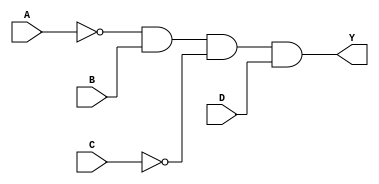
module PrimeImplicantCLB (
    input wire A,
    input wire B,
    input wire C,
    input wire D,
    output wire Y
);

// Define the minterms for the logic function
parameter MINTERMS = 4'b1010; // Example: minterms for output '1' (2, 10)

// Generate prime implicants (simplified for this example)
wire p1 = A & ~B & C; // Example prime implicant
wire p2 = ~A & B & ~C & D; // Another prime implicant
wire p3 = A & B; // Another prime implicant

// Select essential prime implicants
assign Y = (MINTERMS[0] & p1) | (MINTERMS[1] & p2) | (MINTERMS[2] & p3);

endmodule